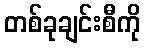
တစ်ခုချင်းစီကို